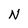
Character: N